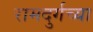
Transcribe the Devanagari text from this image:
रामदुर्गच्या